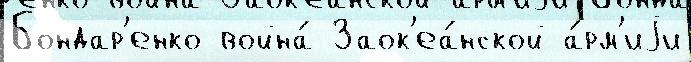
Бондар'енко война́ Заок'еа́нской а́рм'иjи